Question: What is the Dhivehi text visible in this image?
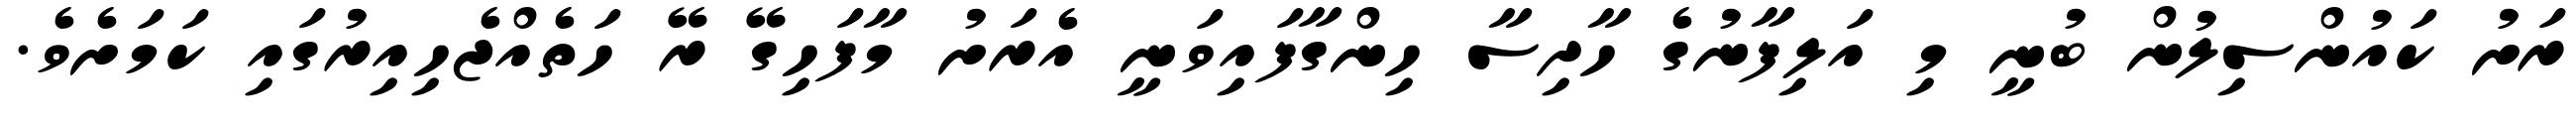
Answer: ރަށު ކައުންސިލުން ބުނީ މި އަލިފާނުގެ ހާދިސާ ހިންގާފައިވަނީ އެރަށު މާފަހިގޭ ރޭ ހަތެއްޖެހިއިރުގައި ކަމަށެވެ.